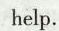
help.